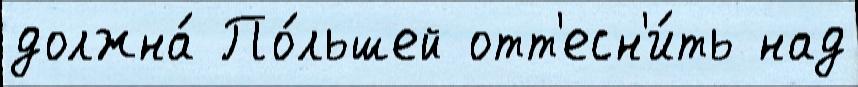
должна́ По́льшей отт'есн'и́ть над